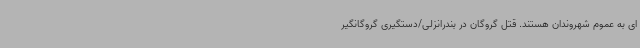
ای به عموم شهروندان هستند. قتل گروگان در بندرانزلی/دستگیری گروگانگیر